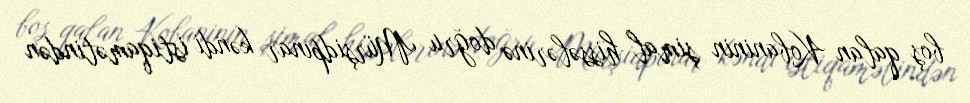
boş qalan Kobaninin şimal hissələrinə doğru Mürşidpınar kəndi istiqamətindən